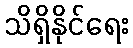
သိရှိနိုင်ရေး